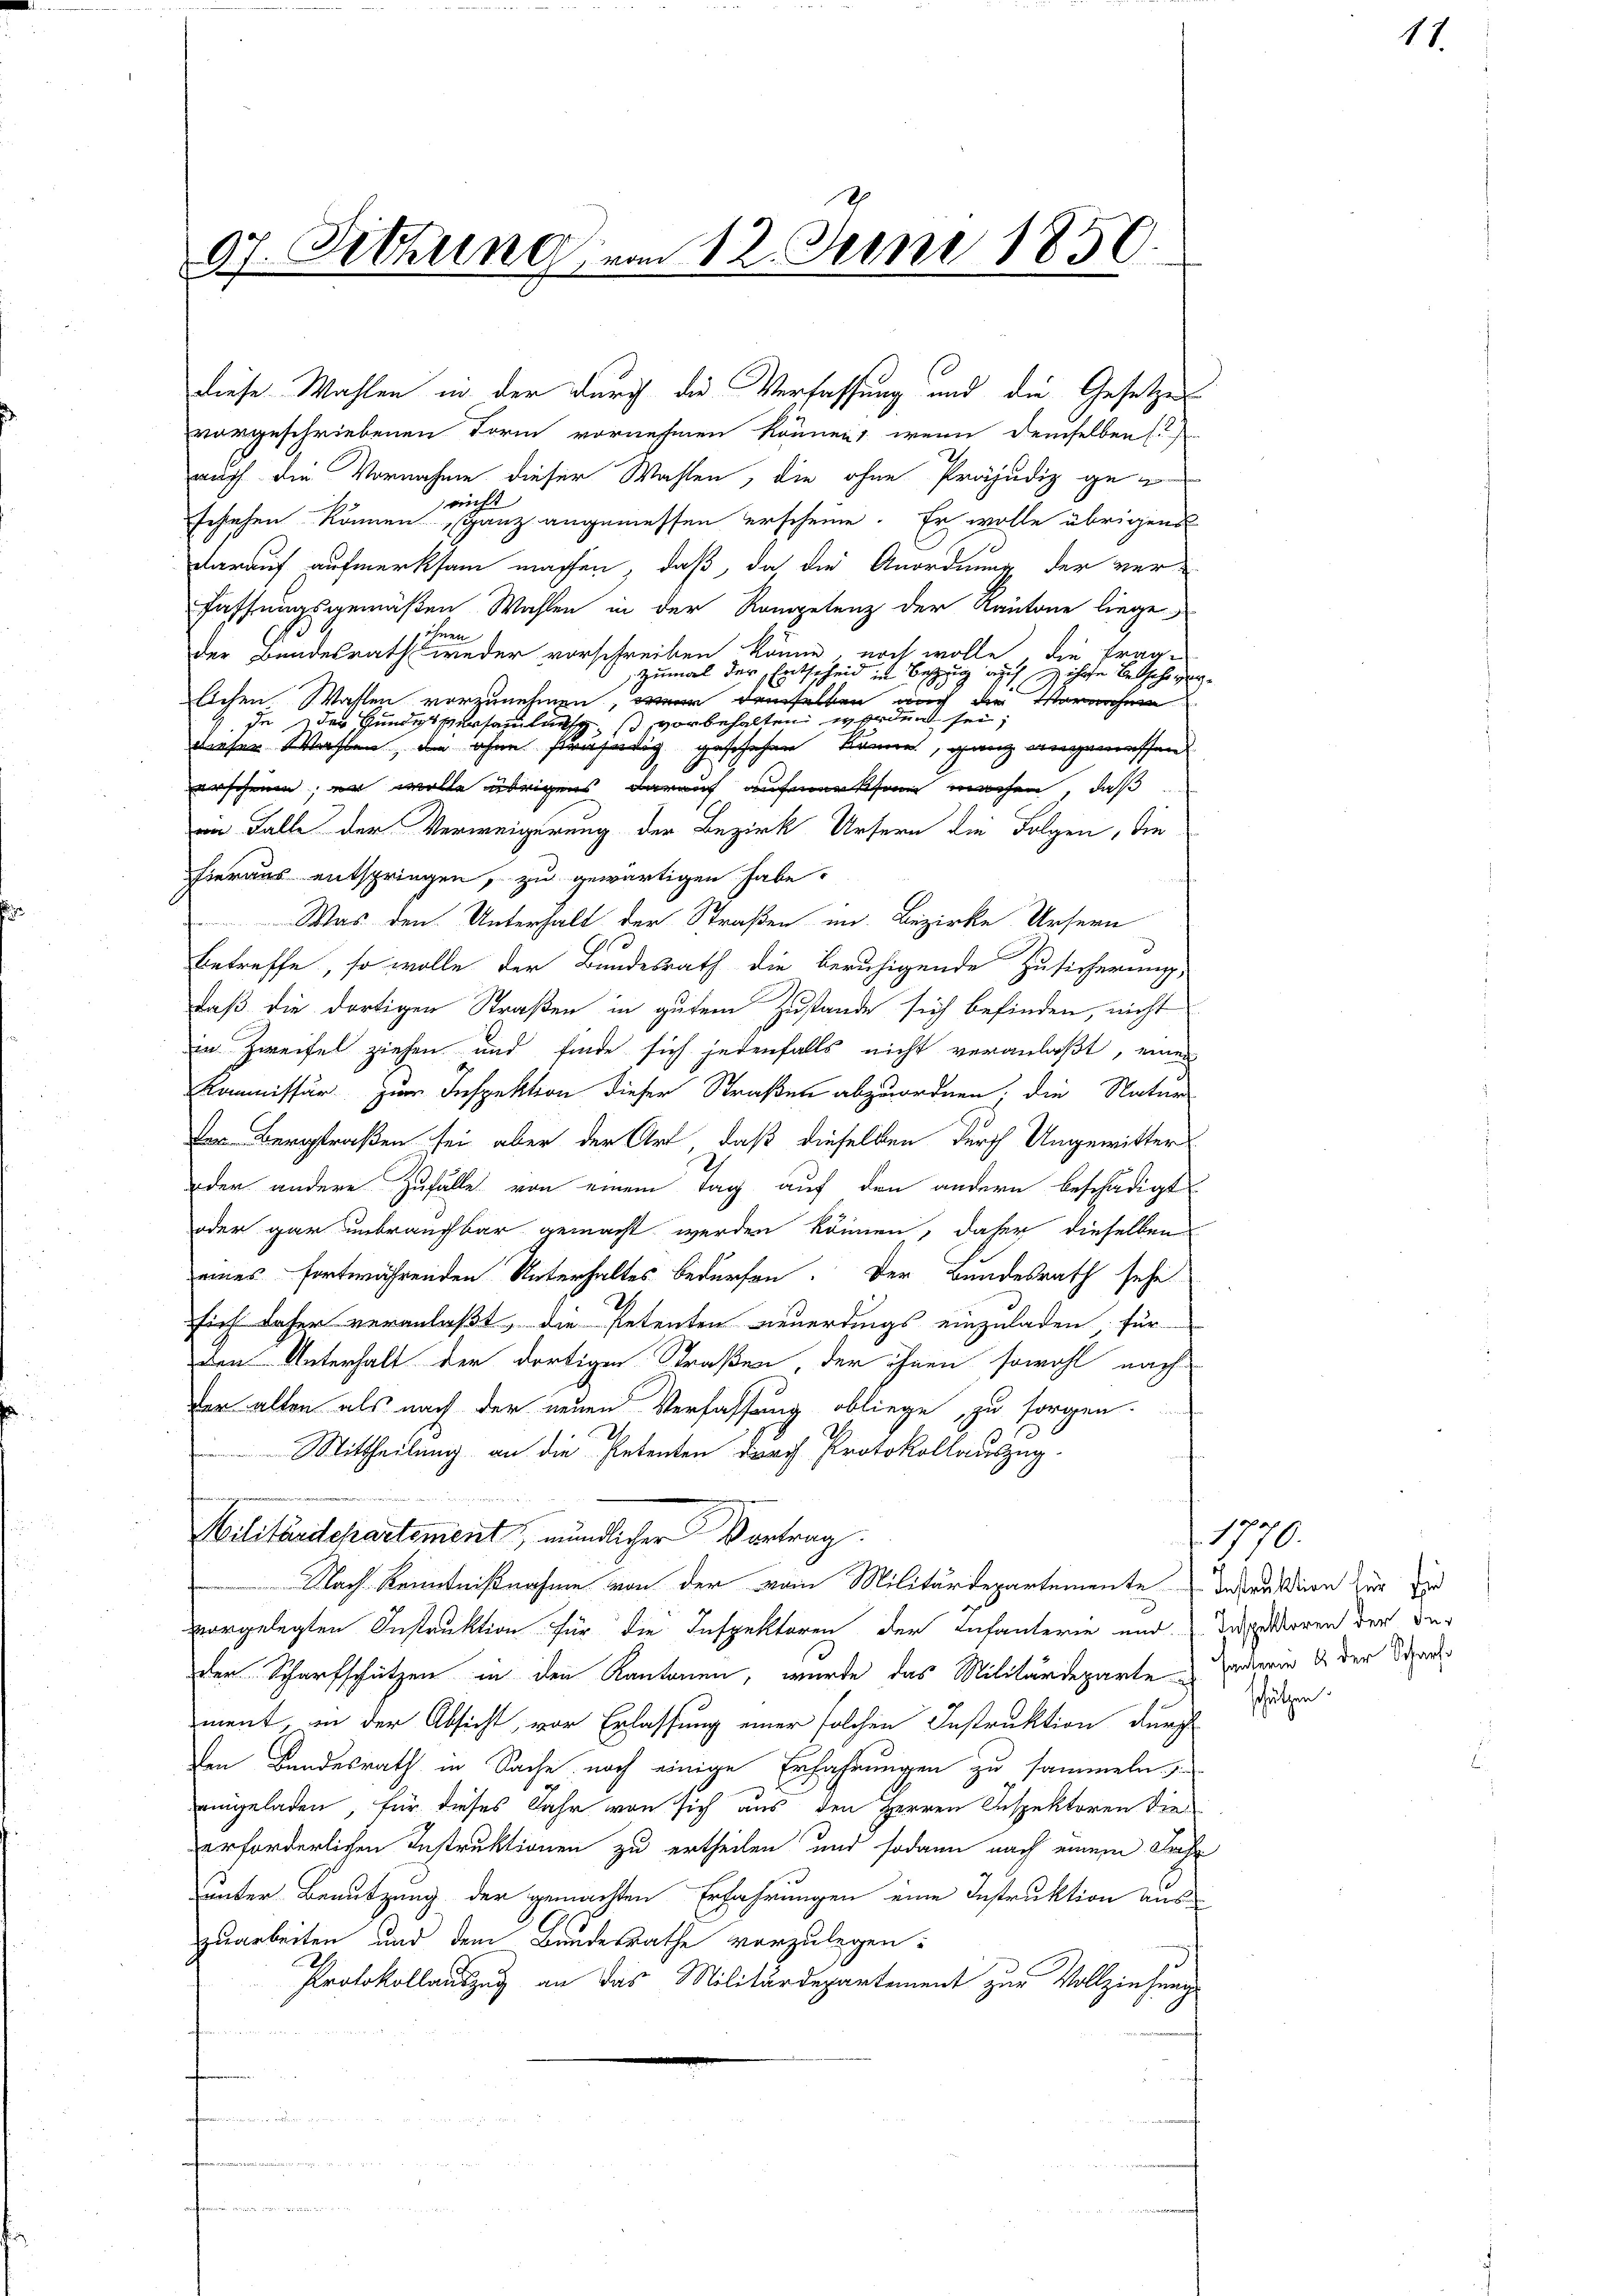
l.
4f. Sitzung vom 12. Juni 1850.

vorgeschriebenen Form vornehmen können, wenn demselben
auf die Vornahme dieser Wahlen, die ohne Präjudiz gericht
festehen können ganz angemessen erscheine. Er wolle übrigens
darauf aufmerksam machen, daß, da die Anordnung der verfassungsgemäßen Wahlen in der Kompetenz der Kantone liege
öhnen
der Bundesrath weder vorschreiben könne, noch wolle, die frag¬
Zumal der Entscheid in Bezug auch ihre Betsche verlichen Wahlen vorzunehmen, war demselben auch die Vornahme
de der Hundessersammlunsch, so vorbehalten worden sei;
dieser Wahlen, die ohne kräftig geschehen könne, ganz angemessen
erscheine, er wolle übrigens darauf aufmerksam machen, daß
in Falle der Verweigerung der Bezirk Ursern die Folgen, die
hieraus entspringen, zu gewärtigen habe.
Was den Unterhalt der Straßen im Bezirke Ursern
betreffe, so wolle der Bundesrath die beruhigende Zusicherung,
daß die dortigen Straßen in gutem Zustande sich befinden, nicht
in Zweifel ziehen und finde sich jedenfalls nicht veranlaßt, einen
Kommissär zum Inspektion dieser Straßen abzuordnen, die Natur
der Bergstraßen sei aber der Art, daß dieselben durch Ungewitter
oder andere Zufälle von einem Tag auf den andern beschädigt
oder gar unbrauchbar gemacht werden können, daher dieselben
eines fortwährenden Unterhaltes bedürfen. Der Bundesrath sehe
sich daher veranlaßt, die Petenten neuerdings einzuladen für
Den Unterhalt der dortigen Straßen, der ihnen sowohl nach-
der alten als nach der neuen Verfassung obliege zu sorgen.
MMittheilung an die Petenten durch Protokollauszug
Militärdepartement mündlicher Vortrag.
Nach Kenntnißnahme von der vom Militärdepartemente Instruktion zur Ei
vorgelegten Instruktion für die Inspektoren der Infanterie und Interen der der
der Scharfschützen in den Kantonen, wurde das Militärdeparte zu Enderin & der Dire
ment, in der Absicht vor Erlassung einer solchen Instruktion durch
den Bundesrath in Sache noch einige Erfahrungen zu sammeln
eingeladen, für dieses Jahr von sich aus den Herren Inspektoren die
erforderlichen Instruktionen zu ertheilen und sodann nach einem Jah
unter Benutzung der gemachten Erfahrungen eine Instruktion auszuarbeiten und dem Bandesrathe vorzulegen:
Protokollauszug an das Militärdepartement zur Vollziehung
mun

diese Wahlen in der durch die Verfassung und die Gesetzes

1770.

schützen.

17.